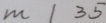
m \vert 3 5